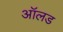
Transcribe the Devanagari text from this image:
आॅलड